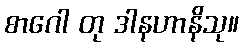
စာဂေါ တု ဒါနဟာနိသု။